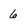
Character: 6